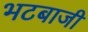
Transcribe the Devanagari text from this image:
भटबाजी